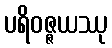
ပရိဝဇ္ဇယဿု